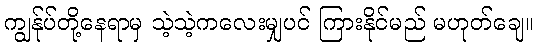
ကျွန်ုပ်တို့နေရာမှ သဲ့သဲ့ကလေးမျှပင် ကြားနိုင်မည် မဟုတ်ချေ။